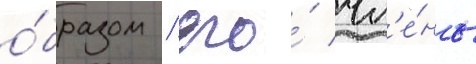
о́бразом / его́ чл'е́ны